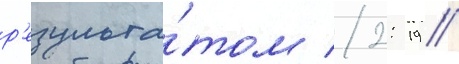
р'езульта́том 2: 19 //